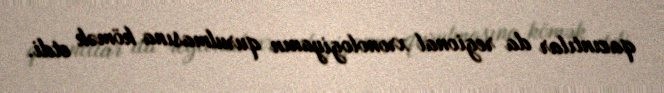
qazıntılar da regional xronologiyanın qurulmasına kömək etdi.